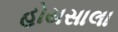
હોયસાલા